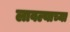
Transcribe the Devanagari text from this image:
लावल्याच्या